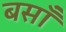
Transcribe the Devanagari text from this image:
बसाँ